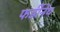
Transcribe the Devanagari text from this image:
फर्डीनेंथ